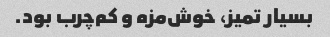
بسیار تمیز، خوش‌مزه و کم‌چرب بود.